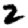
Digit: 2